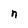
Character: n